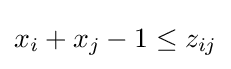
x_{i}+x_{j}-1\leq z_{ij}